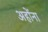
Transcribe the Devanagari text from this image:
अहोंना